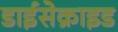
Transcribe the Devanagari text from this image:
डाईसेक्राइड